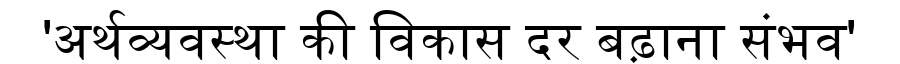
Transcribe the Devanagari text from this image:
'अर्थव्यवस्था की विकास दर बढ़ाना संभव'